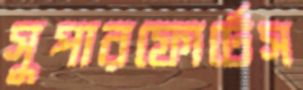
সুপারফোর্টেস